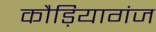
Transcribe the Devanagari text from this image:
कौड़ियागंज